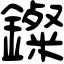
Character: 𨮏